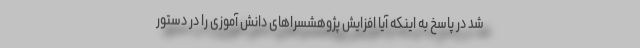
شد در پاسخ به اینکه آیا افزایش پژوهشسراهای دانش آموزی را در دستور